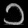
Digit: ၁